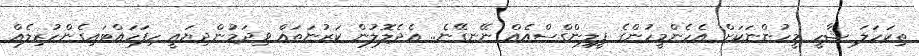
ތިކަހަލަ ޝާހީ މީހުންނަކަށް އެހެންމީހުންގެ ފީލިންގްސްއެއް ނޭނގޭނެ.. އެދެލޮލުން ކަރުނަތައް ވިދަމުންދިޔައީ ހިފަހައްޓައިގެންހުރިލެއް